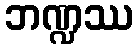
ဘဏ္ဍဿ